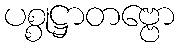
ပစ္စုဋ္ဌာတဗ္ဗော